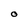
Character: O